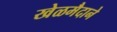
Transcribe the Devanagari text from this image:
खेळमैदाने